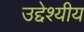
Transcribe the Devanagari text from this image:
उद्देश्यीय